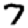
Digit: 7